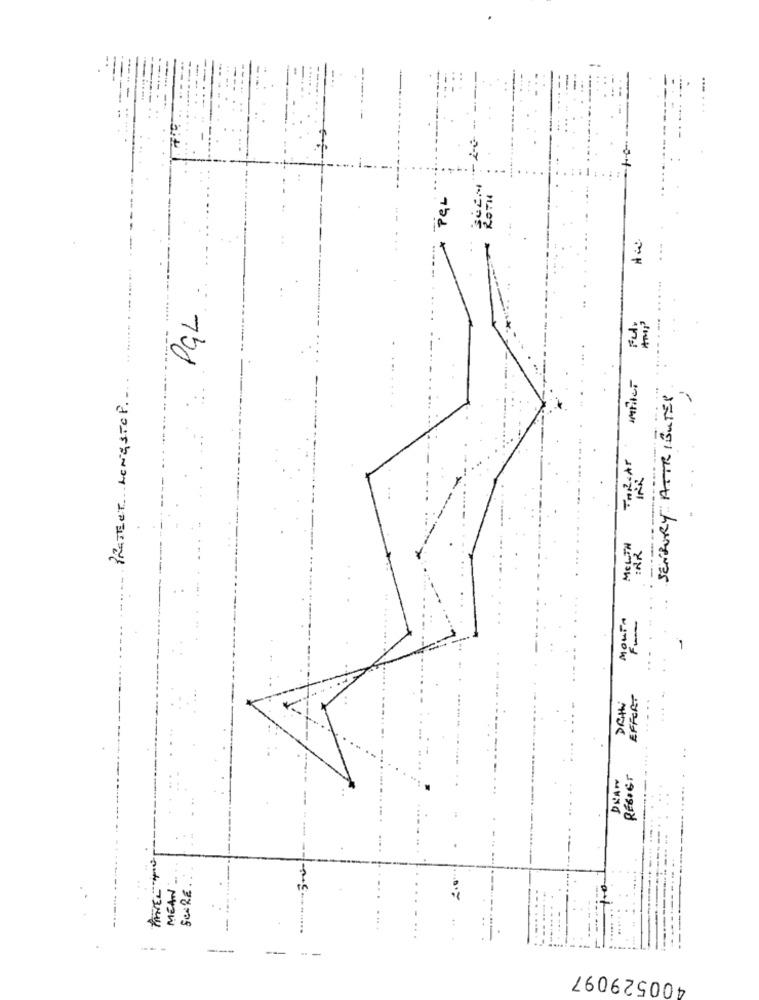
EL
ROTH
PGL.
PROTECT LENGSTOP ...
SENSORY ATTRIBUTES
MELTH
:AR
MOUTA
EFFORT
Dati
DEAN
REGIST
ATELY
2.0
MEAN
SCORE
---
-
400529097